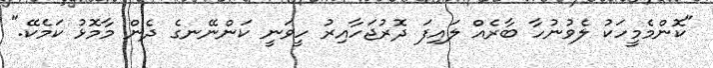
"ކޮންމެމީހަކު ލެވުނުހާ ބާރެއް ލައިފަ ދޮރުޖަހާއިރު ހީވަނީ ކަންނޭނގެ ދެން މާމޮޅު ކަމެކޭ."